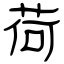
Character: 荷